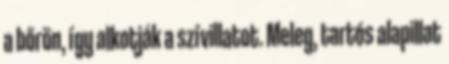
a bőrön, így alkotják a szívillatot. Meleg, tartós alapillat